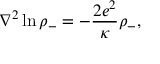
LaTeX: { \nabla } ^ { 2 } \ln { { \rho } _ { - } } = - { \frac { 2 e ^ { 2 } } { \kappa } } { \rho } _ { - } ,